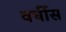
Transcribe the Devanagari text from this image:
वर्घीस